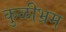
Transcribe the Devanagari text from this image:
कुळीभ्रम